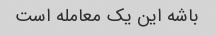
باشه این یک معامله است